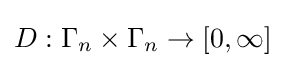
D:\Gamma _{n}\times \Gamma _{n}\to [0,\infty ]